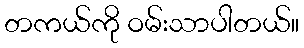
တကယ်ကို ဝမ်းသာပါတယ်။